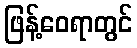
ဖြန့်ဝေရာတွင်